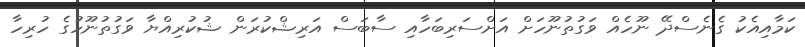
ކަމާއިއެކު ގެނެސްދޭ ނޫހެއް ވަގުތުނޫހަށް އަށްސަރިބަހާއި ސާބަސް އަރިޝްކުރަން ޝުކުރިއްޔާ ވަގުތުނޫހުގެ ހުރިހާ